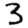
Digit: 3